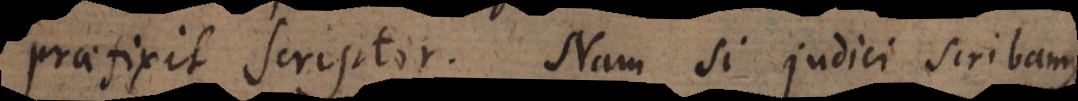
praefixit scriptor. Nam si judici scribamus,